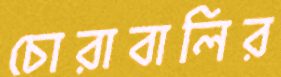
চোরাবালির